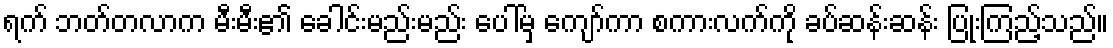
ရက် ဘတ်တလာက မီးမီး၏ ခေါင်းမည်းမည်း ပေါ်မှ ကျော်ကာ စကားလက်ကို ခပ်ဆန်းဆန်း ပြုံးကြည့်သည်။